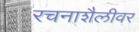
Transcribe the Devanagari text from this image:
रचनाशैलीवर